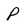
Character: P